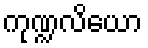
ကုဏ္ဍလိယော